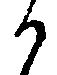
か